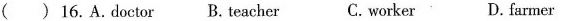
( )16.A.doctor B. teacher C. worker D.farmer